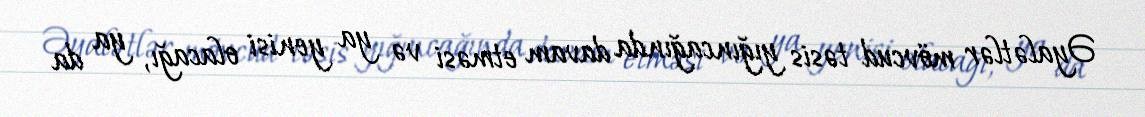
Əyalətlər mövcud təsis yığıncağında davam etməsi və ya yenisi olacağı, ya da